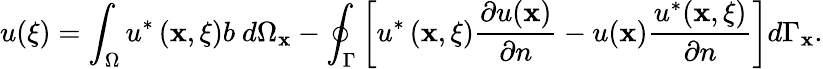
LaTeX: u({\mathbf\xi})=\int_{\Omega}u^{*}\left(\mathbf{x},{\mathbf\xi}\right)b\ d\Omega_{\mathbf{x}}-\oint_{\Gamma}\left[u^{*}\left(\mathbf{x},{\mathbf\xi}\right)\frac{\partial u(\mathbf{x})}{\partial n}-u(\mathbf{x})\frac{u^{*}(\mathbf{x},{\mathbf\xi})}{\partial n}\right]d\Gamma_{\mathbf{x}}.